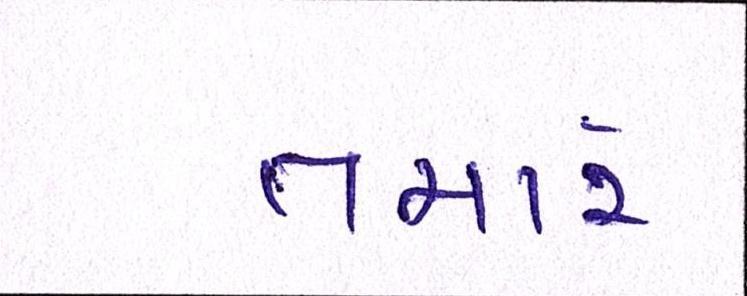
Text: તમારે